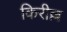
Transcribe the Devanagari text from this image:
किरील्ल